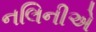
નલિનીએ